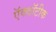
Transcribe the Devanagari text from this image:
ऍक्वॉटीक